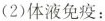
(2)体液免疫：